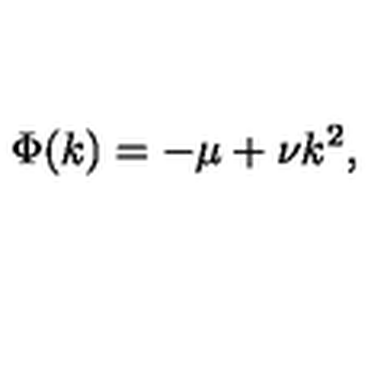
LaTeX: \Phi ( k ) = - \mu + \nu k ^ { 2 } ,